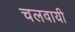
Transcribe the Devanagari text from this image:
चलवायी